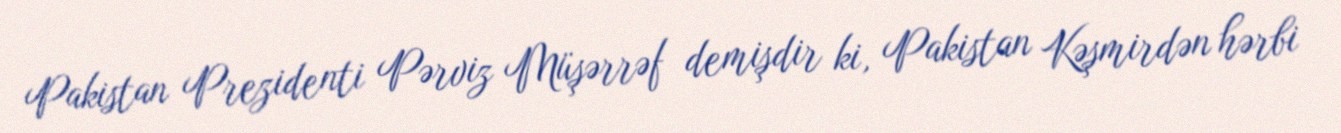
Pakistan Prezidenti Pərviz Müşərrəf demişdir ki, Pakistan Kəşmirdən hərbi